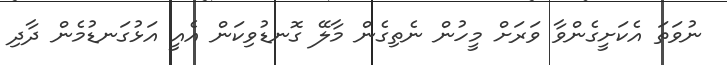
ނުވަތަ އެކަށީގެންވާ ވަރަށް މީހުން ނެތިގެން މާލޭ ގޮނޑުވިކަން އެއީ އަޅުގަނޑުމެން ދާދި